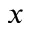
x